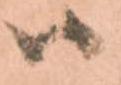
ハ